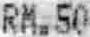
RM.50